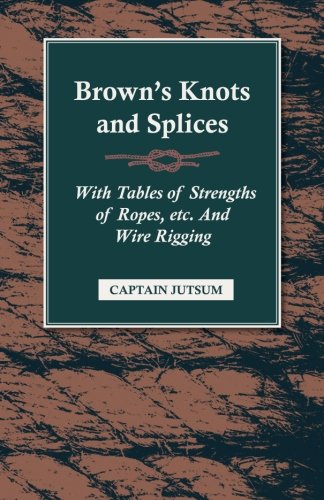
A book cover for Brown's Knots and Splices - With Tables of Strengths of Ropes, etc. And Wire Rigging; Captain Jutsum; Crafts, Hobbies & Home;